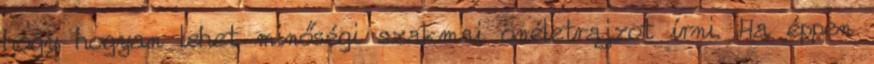
hogy hogyan lehet minőségi szakmai önéletrajzot írni. Ha éppen